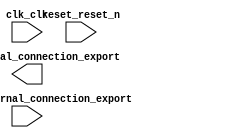

module first_nios2_system (
	clk_clk,
	leds_external_connection_export,
	reset_reset_n,
	switches_external_connection_export);	

	input		clk_clk;
	output	[7:0]	leds_external_connection_export;
	input		reset_reset_n;
	input	[7:0]	switches_external_connection_export;
endmodule